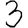
Digit: 3